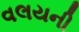
વલયની